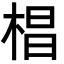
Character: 椙